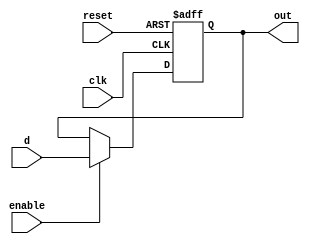
`timescale 1ns / 1ps
//////////////////////////////////////////////////////////////////////////////////
// Company: 
// Engineer: 
// 
// Design Name: 
// Module Name: DFF
// Project Name: 
// Target Devices: 
// Tool Versions: 
// Description: 
// 
// Dependencies: 
// 
// Revision:
// Revision 0.01 - File Created
// Additional Comments:
// 
//////////////////////////////////////////////////////////////////////////////////


module d_flipflop(d, clk, enable, reset, out);
  input d, clk, enable, reset;
  output out;

  reg out;

  always @ (posedge clk or posedge reset) begin
    if (reset)
      out = 0;
    else
      if (enable)
        out = d;
  end
endmodule